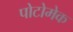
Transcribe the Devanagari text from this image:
पोटोमेक